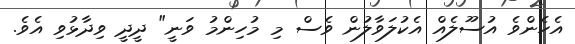
އެހެންވެ އުސޫލެއް އެކުލަވާލުން ވެސް މި މުހިންމު ވަނީ" ދީދީ ވިދާޅުވި އެވެ.